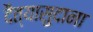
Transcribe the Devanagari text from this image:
दैत्‍यासुदाना